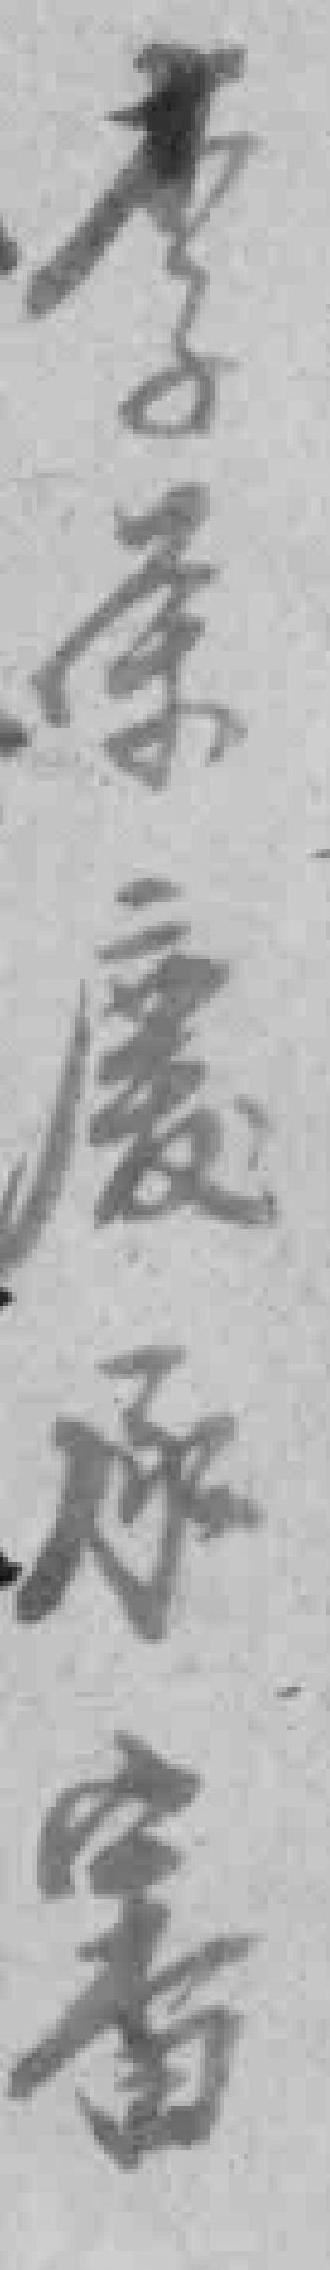
李荣慶承審